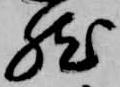
然